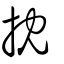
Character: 抌